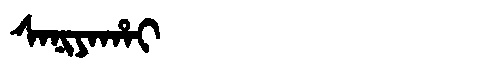
Manchu: ᠰᠠᠨᡳᠶᠠᡥᠠᡳ
Romanization: SANIYAHAI